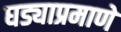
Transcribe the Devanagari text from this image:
घड्याप्रमाणे